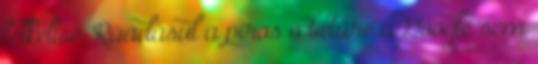
felkeltse. Ráadásul a piros o betűre a Google sem